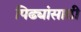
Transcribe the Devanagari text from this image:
पिढ्यांसाठी